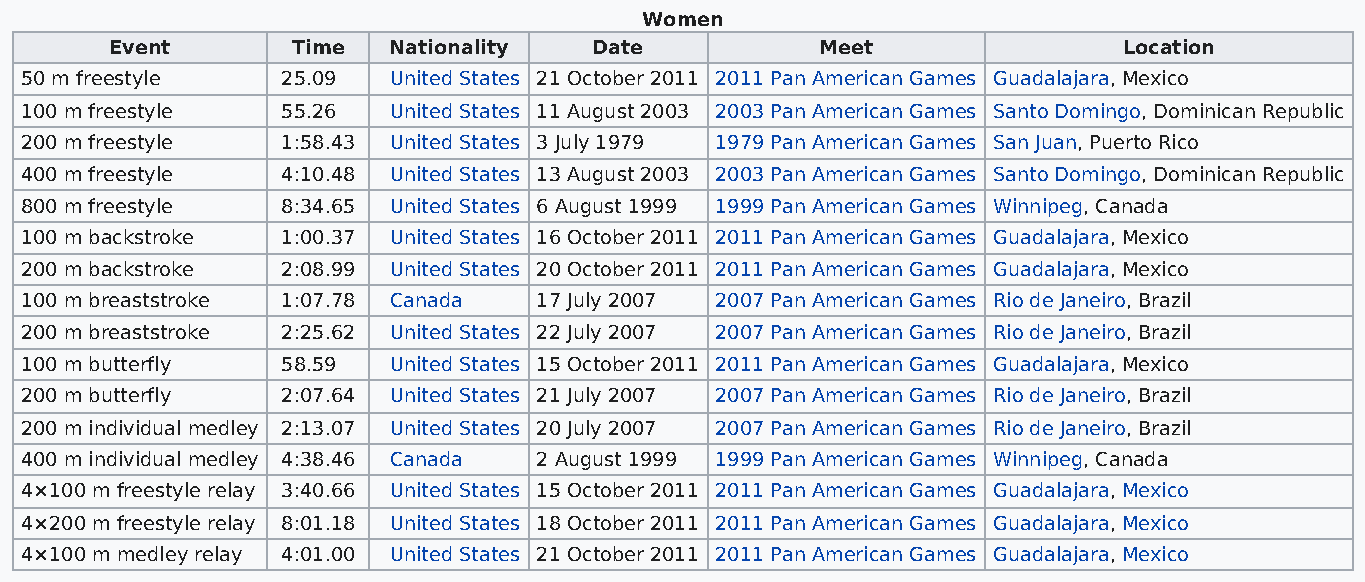
Women
 Event       Time   Nationality  Date           Meet                Location
 50 m freestyle    25.09  United States 21 October 2011 2011 Pan American Games Guadalajara, Mexico
 100 m freestyle   55.26  United States 11 August 2003 2003 Pan American Games Santo Domingo, Dominican Republic
 200 m freestyle   1:58.43 United States 3 July 1979 1979 Pan American Games San Juan, Puerto Rico
 400 m freestyle   4:10.48 United States 13 August 2003 2003 Pan American Games Santo Domingo, Dominican Republic
 800 m freestyle   8:34.65 United States 6 August 1999 1999 Pan American Games Winnipeg, Canada
 100 m backstroke  1:00.37 United States 16 October 2011 2011 Pan American Games Guadalajara, Mexico
 200 m backstroke  2:08.99 United States 20 October 2011 2011 Pan American Games Guadalajara, Mexico
 100 m breaststroke 1:07.78 Canada  17 July 2007 2007 Pan American Games Rio de Janeiro, Brazil
 200 m breaststroke 2:25.62 United States 22 July 2007 2007 Pan American Games Rio de Janeiro, Brazil
 100 m butterfly   58.59  United States 15 October 2011 2011 Pan American Games Guadalajara, Mexico
 200 m butterfly   2:07.64 United States 21 July 2007 2007 Pan American Games Rio de Janeiro, Brazil
 200 m individual medley 2:13.07 United States 20 July 2007 2007 Pan American Games Rio de Janeiro, Brazil
 400 m individual medley 4:38.46 Canada 2 August 1999 1999 Pan American Games Winnipeg, Canada
 4×100 m freestyle relay 3:40.66 United States 15 October 2011 2011 Pan American Games Guadalajara, Mexico
 4×200 m freestyle relay 8:01.18 United States 18 October 2011 2011 Pan American Games Guadalajara, Mexico
 4×100 m medley relay 4:01.00 United States 21 October 2011 2011 Pan American Games Guadalajara, Mexico